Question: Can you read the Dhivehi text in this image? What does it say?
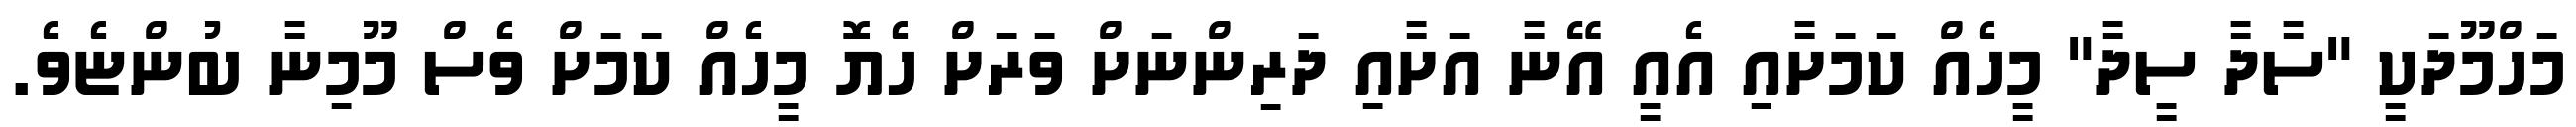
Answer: މަހްމޫދަކީ "ސާދާ ސީދާ" މީހެއް ކަމަށާއި އެއީ އޭނާ އަށާއި ދަރިންނަށް ވަރަށް ހެޔޮ މީހެއް ކަމަށް ވެސް މޫމިނާ ބުންޏެވެ.